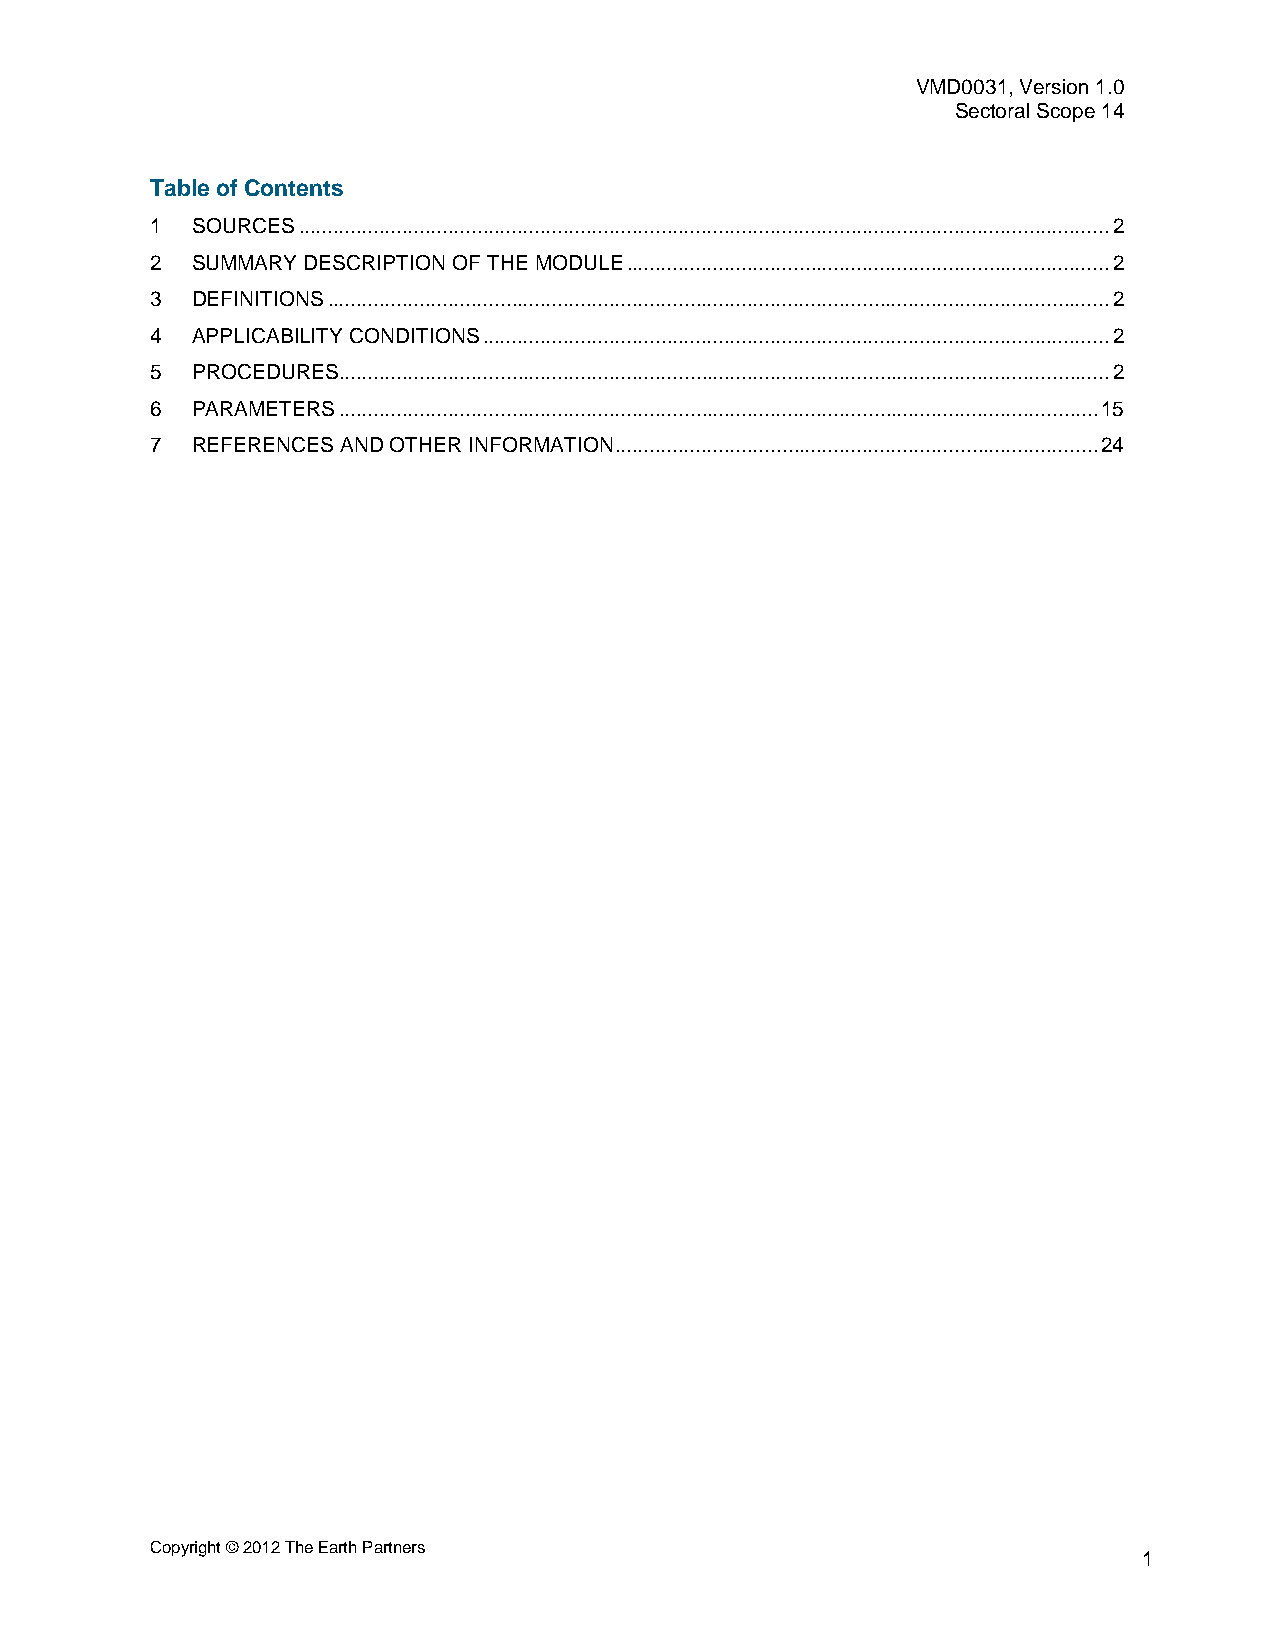
VMD0031, Version 1.0
 Sectoral Scope 14
 Table of Contents
 1  SOURCES ............................................................................................................................................. 2
 2  SUMMARY DESCRIPTION OF THE MODULE .................................................................................... 2
 3  DEFINITIONS ........................................................................................................................................ 2
 4  APPLICABILITY CONDITIONS ............................................................................................................. 2
 5  PROCEDURES ...................................................................................................................................... 2
 6  PARAMETERS .................................................................................................................................... 15
 7  REFERENCES AND OTHER INFORMATION .................................................................................... 24
 Copyright © 2012 The Earth Partners
 1